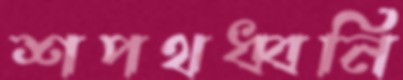
শপথধ্বনি